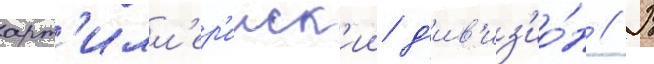
арт'илл'ер'ииск'ии д'ив'из'ио́н // В